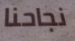
نجاحنا